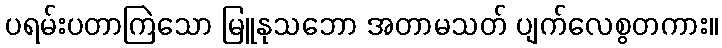
ပရမ်းပတာကြဲသော မြူနုသဘော အတာမသတ် ပျက်လေစွတကား။